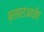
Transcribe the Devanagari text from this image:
प्रसाराआधीच